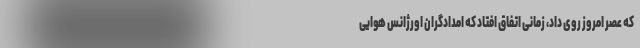
که عصر امروز روی داد، زمانی اتفاق افتاد که امدادگران اورژانس هوایی